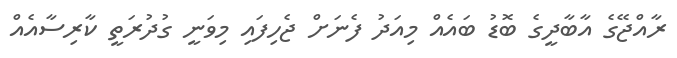
ރާއްޖޭގެ އާބާދީގެ ބޮޑު ބައެއް މިއަދު ފެނަށް ޖެހިފައި މިވަނީ ގުދުރަތީ ކާރިސާއެއް